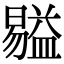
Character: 𥂺